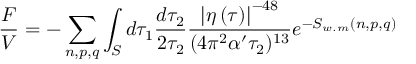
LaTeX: \frac { F } { V } = - \sum _ { n , p , q } \int _ { \cal S } d \tau _ { 1 } \frac { d \tau _ { 2 } } { 2 \tau _ { 2 } } \frac { \left| \eta \left( \tau \right) \right| ^ { - 4 8 } } { ( 4 \pi ^ { 2 } \alpha ^ { \prime } \tau _ { 2 } ) ^ { 1 3 } } e ^ { - S _ { w . m } ( n , p , q ) }